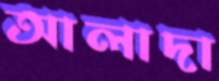
আলাদা